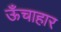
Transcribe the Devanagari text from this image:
ऊँचाहार